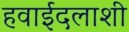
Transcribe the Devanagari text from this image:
हवाईदलाशी